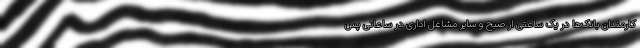
کارمندان بانک‌ها در یک ساعتی از صبح و سایر مشاغل اداری در ساعاتی پس